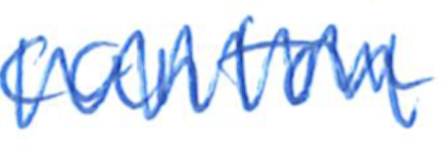
Text: canton
Cross-out: zig-zag
Writing tool: ballpoint